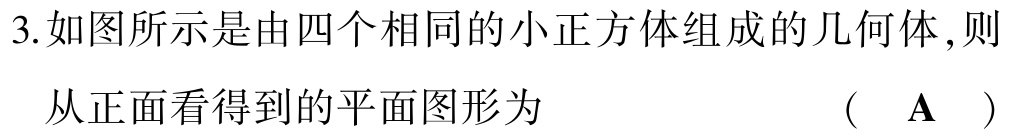
3.如图所示是由四个相同的小正方体组成的几何体,则

从正面看得到的平面图形为  (  \(\mathbf{A}\)  )